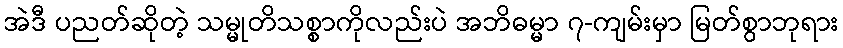
အဲဒီ ပညတ်ဆိုတဲ့ သမ္မုတိသစ္စာကိုလည်းပဲ အဘိဓမ္မာ ၇-ကျမ်းမှာ မြတ်စွာဘုရား